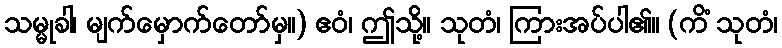
သမ္မုခါ၊ မျက်မှောက်တော်မှ။) ဧဝံ၊ ဤသို့။ သုတံ၊ ကြားအပ်ပါ၏။ (ကိံ သုတံ၊